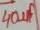
Text: 40µF